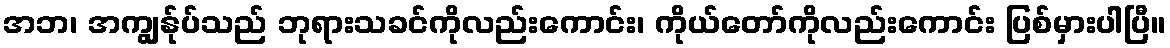
အဘ၊ အကျွန်ုပ်သည် ဘုရားသခင်ကိုလည်းကောင်း၊ ကိုယ်တော်ကိုလည်းကောင်း ပြစ်မှားပါပြီ။